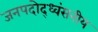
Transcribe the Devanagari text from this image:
जनपदोद्ध्वंसनीय